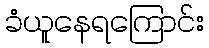
ခံယူနေရကြောင်း